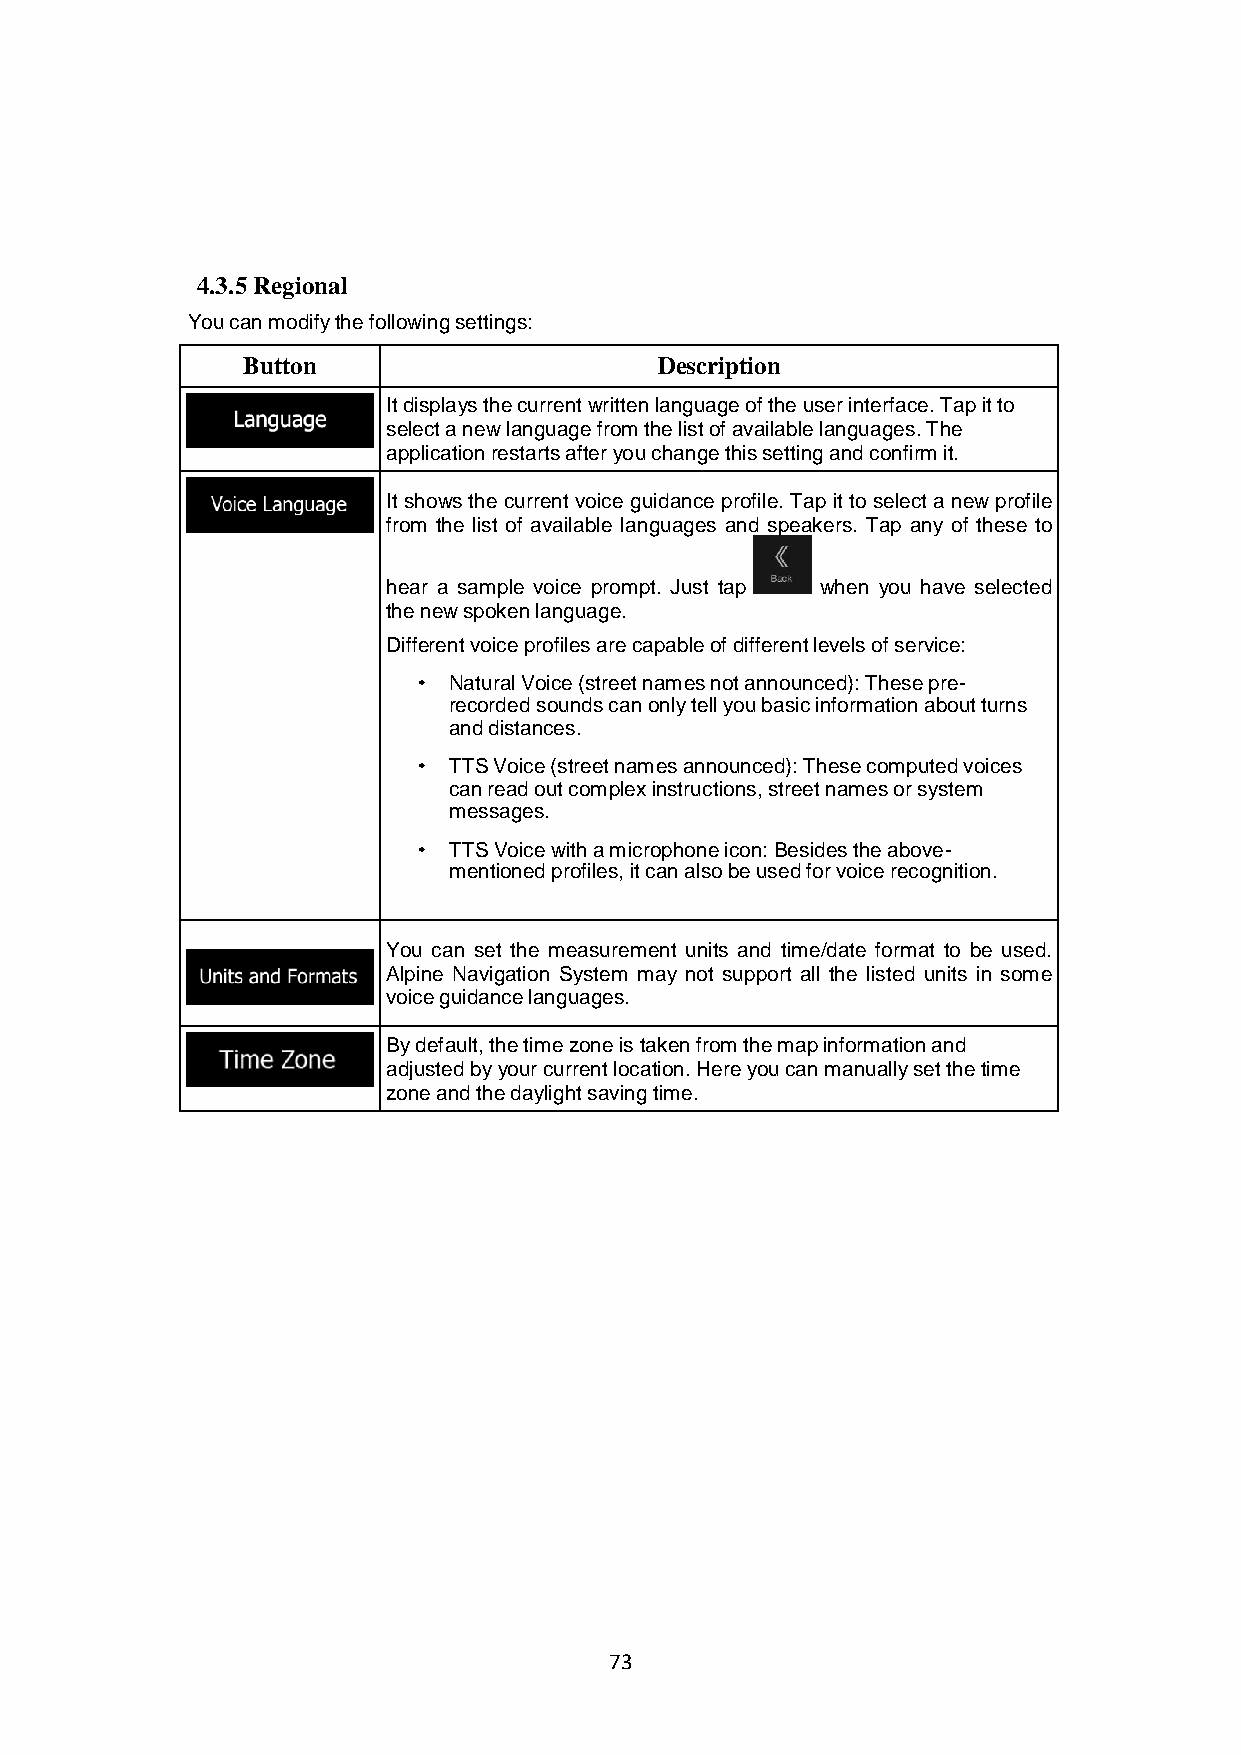
4.3.5 Regional
 You can modify the following settings:
 Button                      Description
 It displays the current written language of the user interface. Tap it to
 select a new language from the list of available languages. The
 application restarts after you change this setting and confirm it.
 It shows the current voice guidance profile. Tap it to select a new profile
 from the list of available languages and speakers. Tap any of these to
 hear a sample voice prompt. Just tap when you have selected
 the new spoken language.
 Different voice profiles are capable of different levels of service:
 Natural Voice (street names not announced): These pre-
 recorded sounds can only tell you basic information about turns
 and distances.
 TTS Voice (street names announced): These computed voices
 can read out complex instructions, street names or system
 messages.
 TTS Voice with a microphone icon: Besides the above-
 mentioned profiles, it can also be used for voice recognition.
 You can set the measurement units and time/date format to be used.
 Alpine Navigation System may not support all the listed units in some
 voice guidance languages.
 By default, the time zone is taken from the map information and
 adjusted by your current location. Here you can manually set the time
 zone and the daylight saving time.
 73